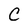
Character: c